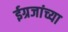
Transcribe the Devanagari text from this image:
ईग्रजांच्या